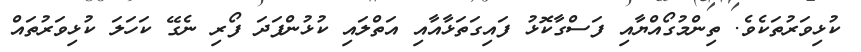
ކުޅިވަރުތަކެވެ. ތިންމުގޯއްޔާއި ފަސްގާކޮޅު ފައިގަތަޅާއާއި އަތްލައި ކުޅުންފަދަ ފޯރި ނެގޭ ކަހަލަ ކުޅިވަރުތައް